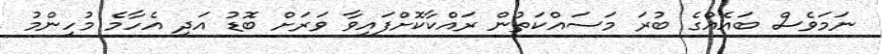
ނަމަވެސް ބައެއްގެ ބުރަ މަސައްކަތުން ރައްކާކޮށްފައިވާ ވަރަށް ބޮޑު އަދި އެހާމެ މުހިންމު